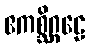
ဧကစ္ဆိဂ္ဂဠေ